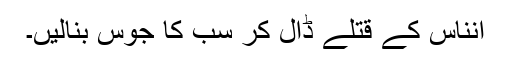
انناس کے قتلے ڈال کر سب کا جوس بنالیں۔